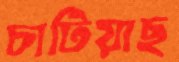
চাটিয়াছ